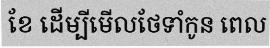
ខែ ដើម្បីមើលថែទាំកូន ពេល